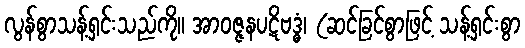
လွန်စွာသန့်ရှင်းသည်ကို။ အာဝဇ္ဇနပဋိဗဒ္ဓံ၊ (ဆင်ခြင်စွာဖြင့် သန့်ရှင်းစွာ